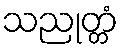
သညုတ္တံ